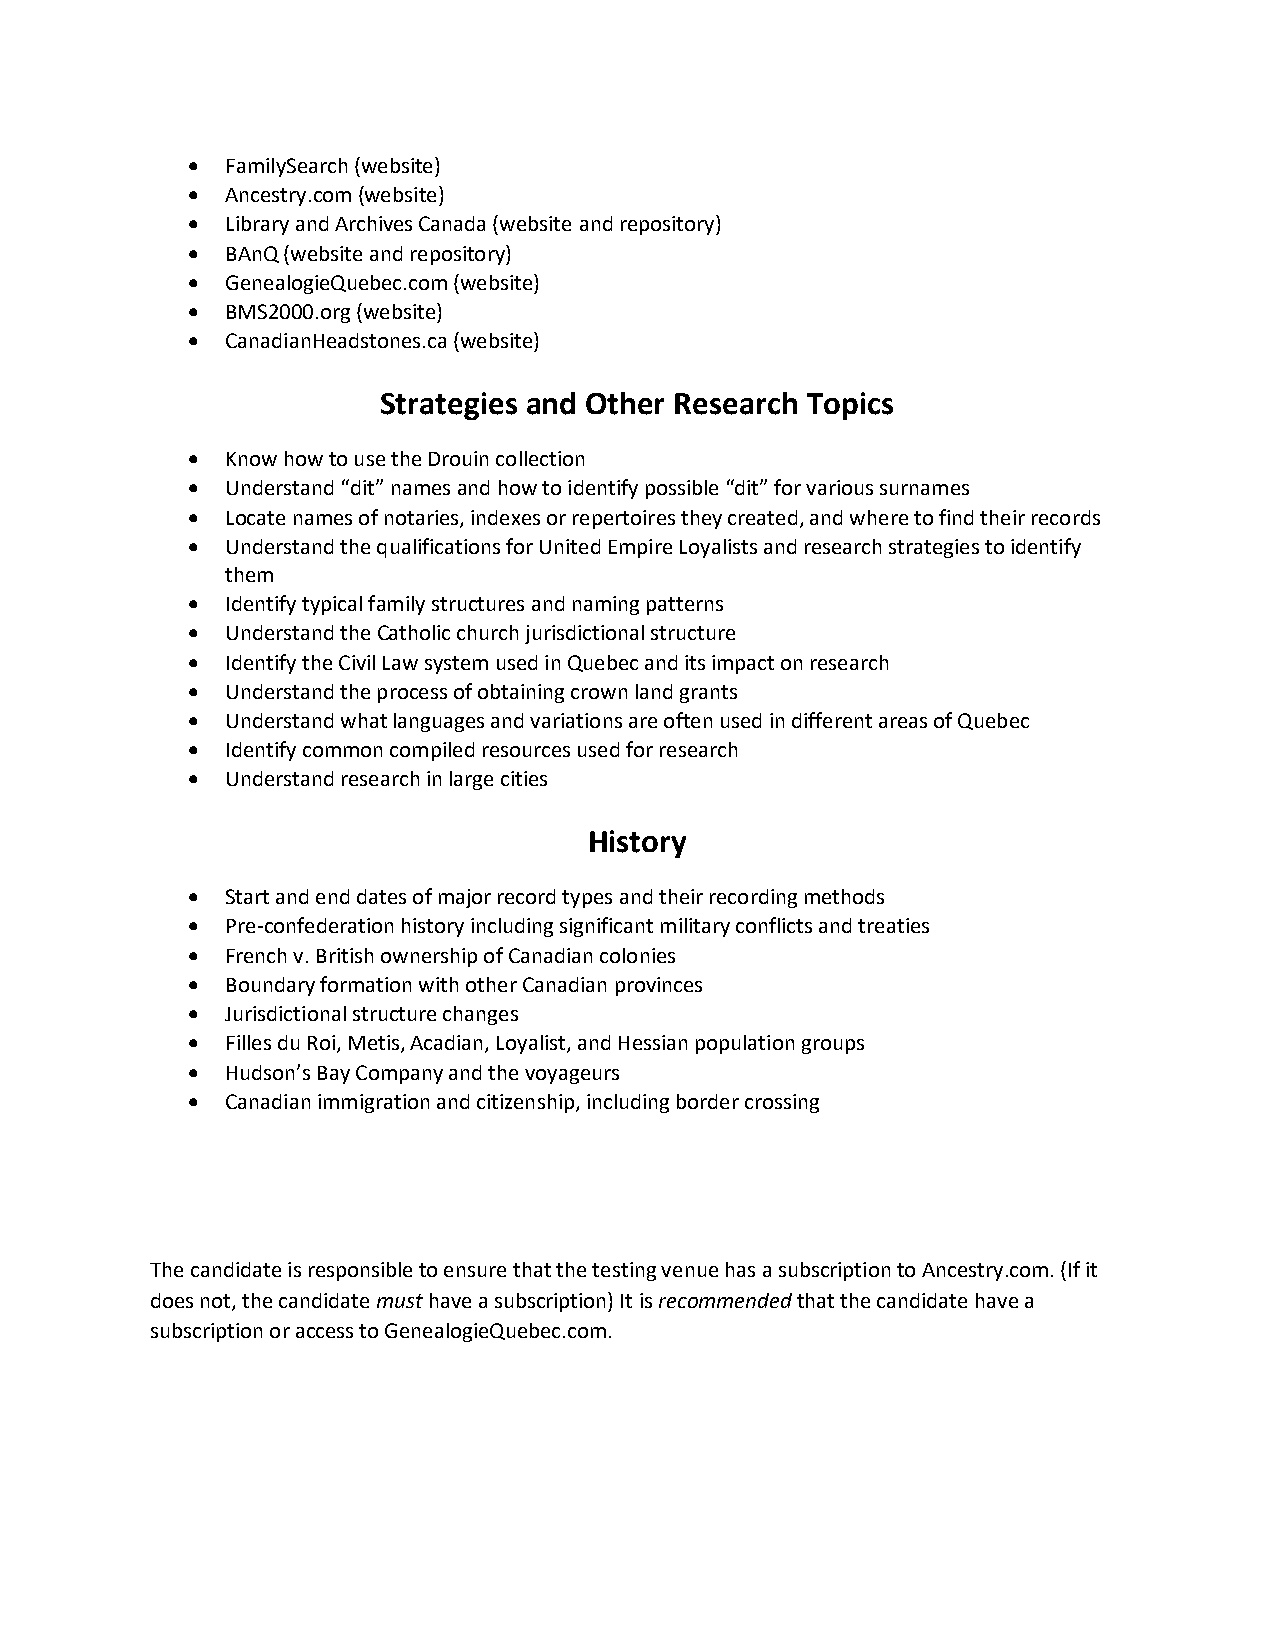
•  FamilySearch (website)
 •  Ancestry.com (website)
 •  Library and Archives Canada (website and repository)
 •  BAnQ (website and repository)
 •  GenealogieQuebec.com (website)
 •  BMS2000.org (website)
 •  CanadianHeadstones.ca (website)
 Strategies and Other Research Topics
 •  Know how to use the Drouin collection
 •  Understand “dit” names and how to identify possible “dit” for various surnames
 •  Locate names of notaries, indexes or repertoires they created, and where to find their records
 •  Understand the qualifications for United Empire Loyalists and research strategies to identify
 them
 •  Identify typical family structures and naming patterns
 •  Understand the Catholic church jurisdictional structure
 •  Identify the Civil Law system used in Quebec and its impact on research
 •  Understand the process of obtaining crown land grants
 •  Understand what languages and variations are often used in different areas of Quebec
 •  Identify common compiled resources used for research
 •  Understand research in large cities
 History
 •  Start and end dates of major record types and their recording methods
 •  Pre-confederation history including significant military conflicts and treaties
 •  French v. British ownership of Canadian colonies
 •  Boundary formation with other Canadian provinces
 •  Jurisdictional structure changes
 •  Filles du Roi, Metis, Acadian, Loyalist, and Hessian population groups
 •  Hudson’s Bay Company and the voyageurs
 •  Canadian immigration and citizenship, including border crossing
 The candidate is responsible to ensure that the testing venue has a subscription to Ancestry.com. (If it
 does not, the candidate must have a subscription) It is recommended that the candidate have a
 subscription or access to GenealogieQuebec.com.